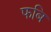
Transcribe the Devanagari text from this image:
फबि